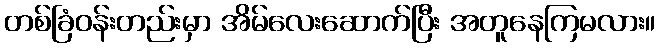
တစ်ခြံဝန်းတည်းမှာ အိမ်လေးဆောက်ပြီး အတူနေကြမလား။